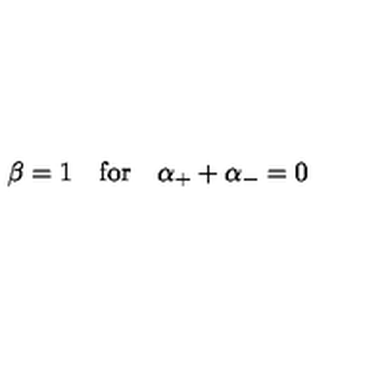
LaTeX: \beta = 1 \quad \mathrm { f o r } \quad \alpha _ { + } + \alpha _ { - } = 0